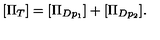
[ \Pi _ { T } ] = [ \Pi _ { D p _ { 1 } } ] + [ \Pi _ { D p _ { 2 } } ] .